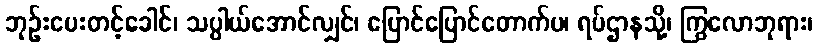
ဘုဉ်းပေးတင့်ခေါင်၊ သပ္ပါယ်အောင်လျှင်၊ ပြောင်ပြောင်တောက်ပ၊ ရပ်ဌာနသို့၊ ကြွလောဘုရား၊